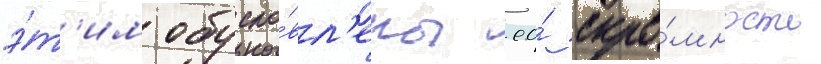
э́т'им обусло́вл'ены ео́ скро́мность